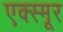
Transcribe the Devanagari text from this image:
एक्स्मूर